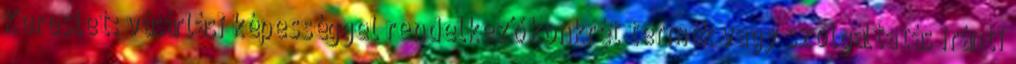
Kereslet: vásárlási képességgel rendelkező konkrét termék vagy szolgáltatás iránti